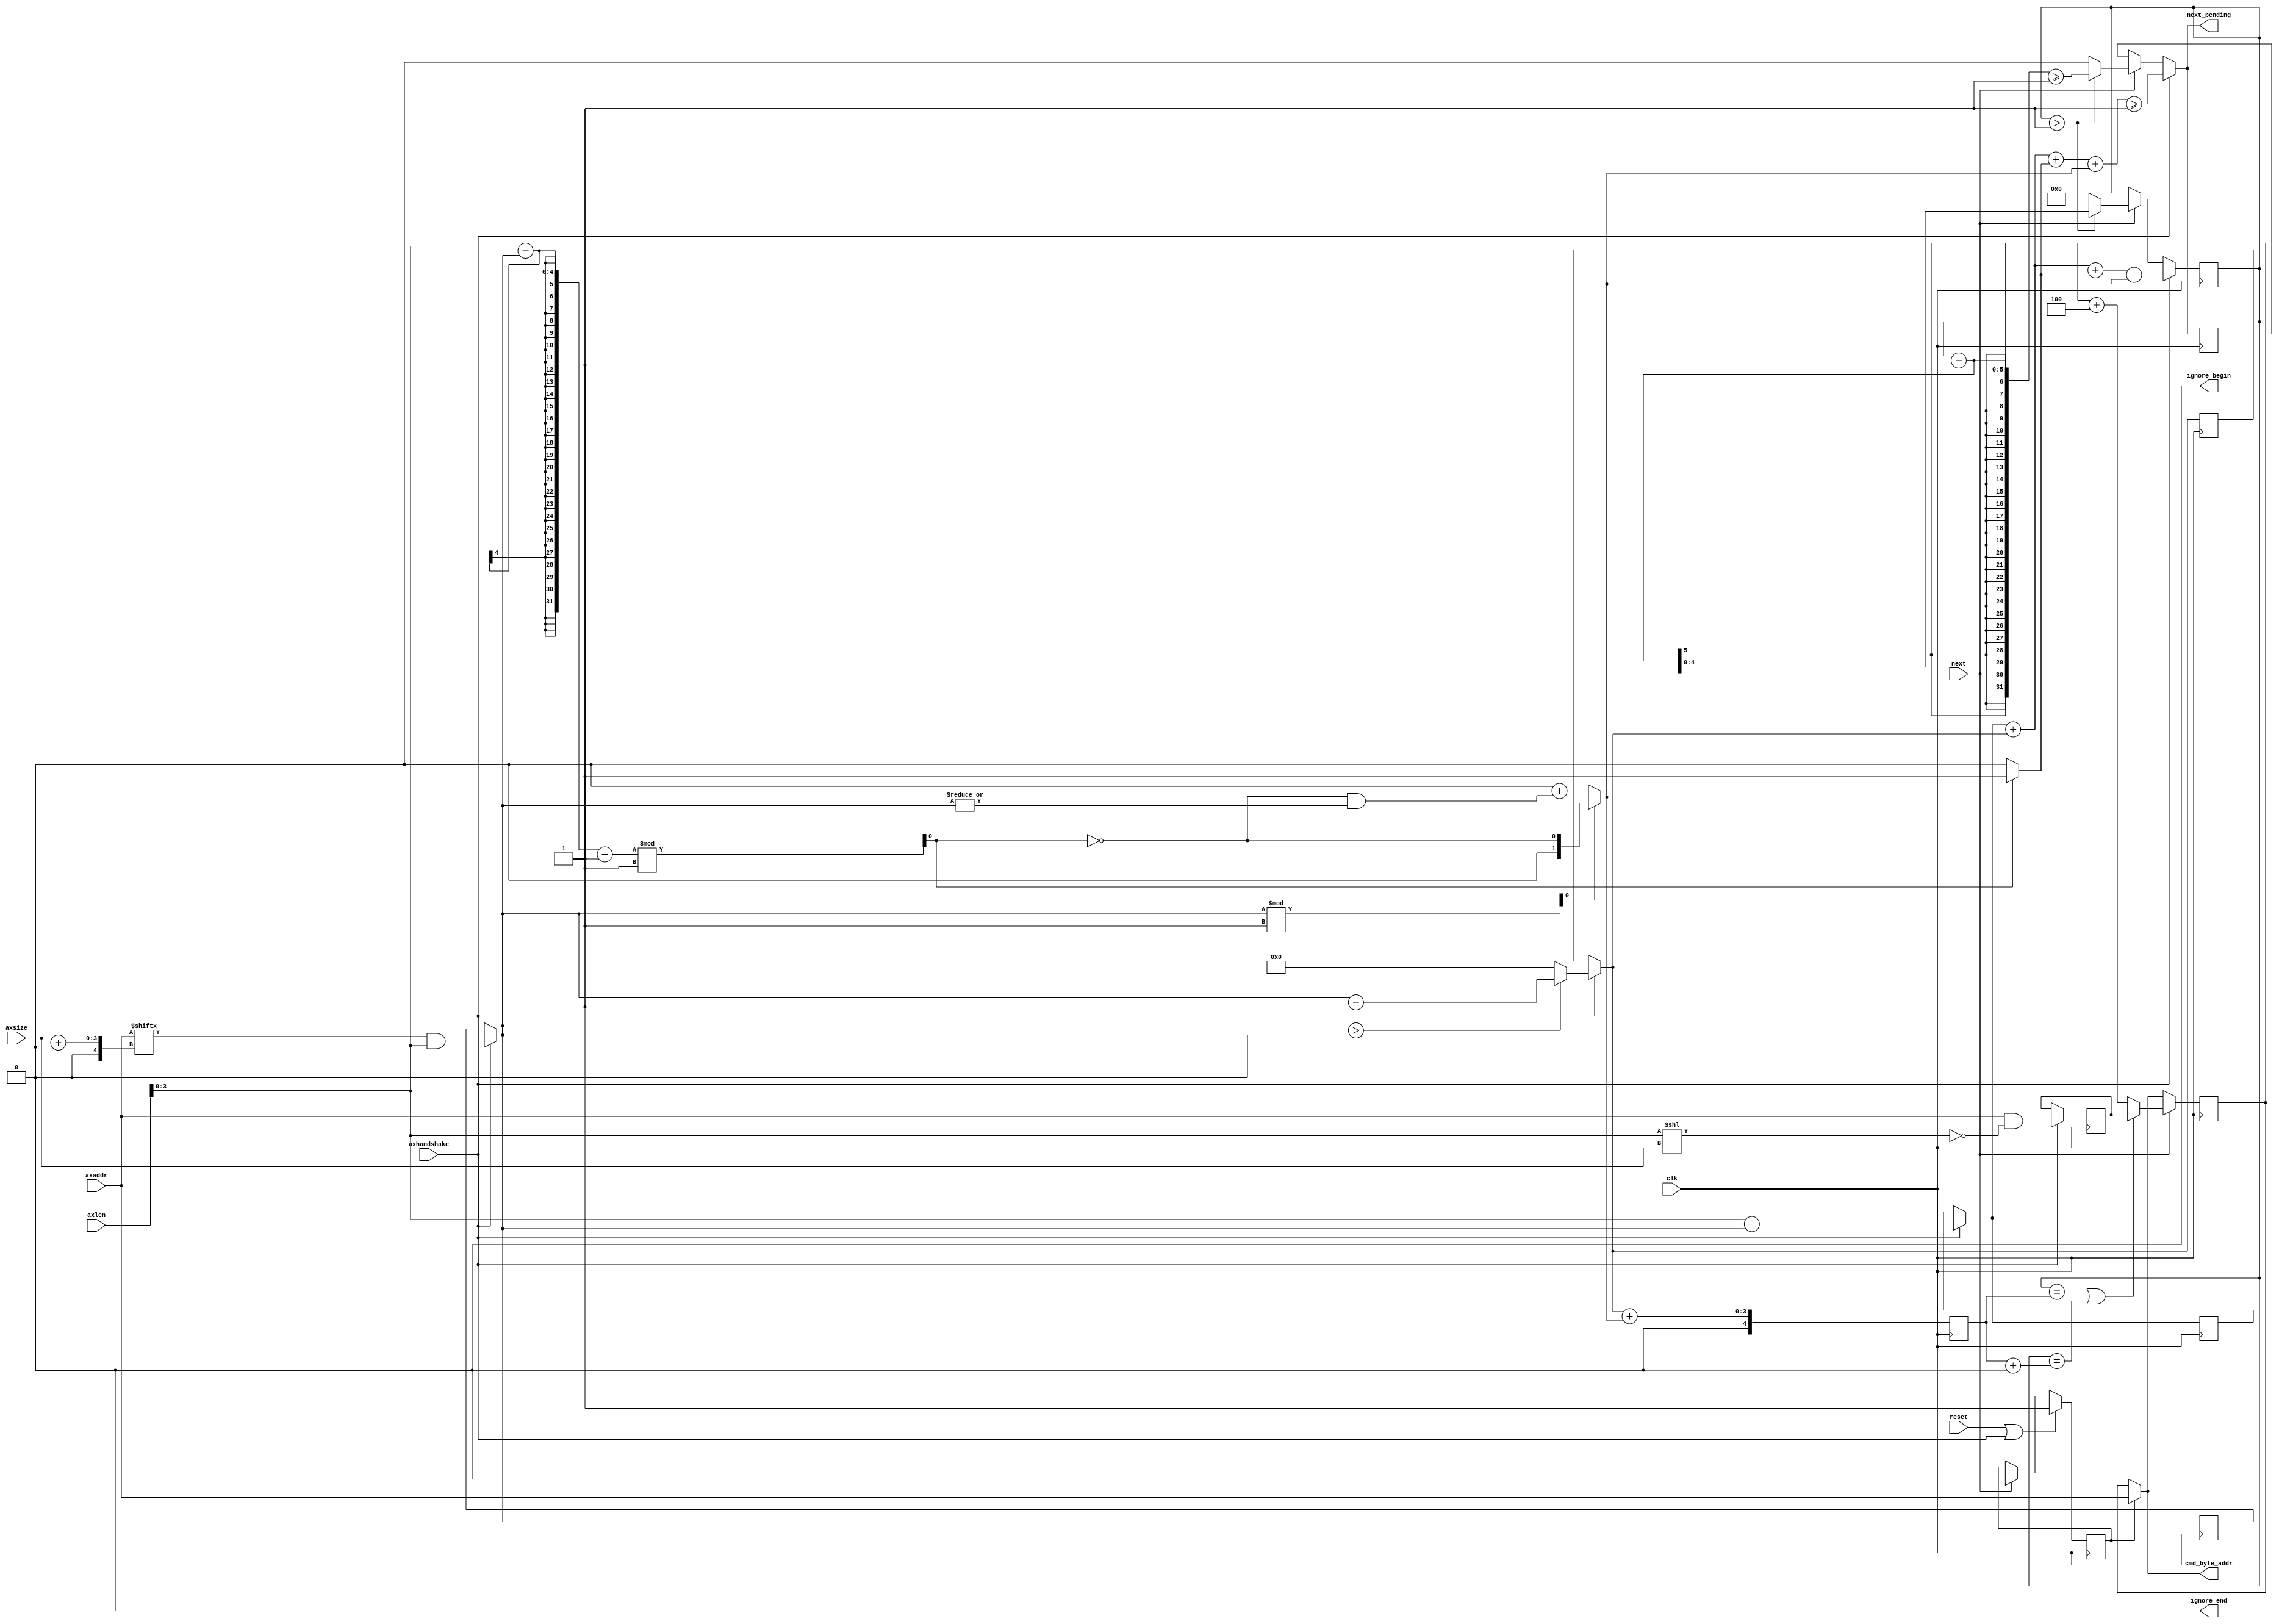
module mig_7series_v1_8_axi_mc_wrap_cmd #
(
///////////////////////////////////////////////////////////////////////////////
// Parameter Definitions
///////////////////////////////////////////////////////////////////////////////
                    // Width of AxADDR
                    // Range: 32.
  parameter integer C_AXI_ADDR_WIDTH            = 32, 
                    // Width of cmd_byte_addr
                    // Range: 30
  parameter integer C_MC_ADDR_WIDTH             = 30,
                    // MC burst length. = 1 for BL4 or BC4, = 2 for BL8
  parameter integer C_MC_BURST_LEN              = 1,
                    // Width of AXI xDATA and MC xx_data
                    // Range: 32, 64, 128.
  parameter integer C_DATA_WIDTH                = 32,
  // Static value of axsize
                    // Range: 2-5
  parameter integer C_AXSIZE                    = 2
)
(
///////////////////////////////////////////////////////////////////////////////
// Port Declarations     
///////////////////////////////////////////////////////////////////////////////
  input  wire                                 clk           , 
  input  wire                                 reset         , 
  input  wire [C_AXI_ADDR_WIDTH-1:0]          axaddr        , 
  input  wire [7:0]                           axlen         , 
  input  wire [2:0]                           axsize        , 
  // axhandshake = axvalid & axready
  input  wire                                 axhandshake   , 
  output wire                                 ignore_begin  ,
  output wire                                 ignore_end    ,
  output wire [C_AXI_ADDR_WIDTH-1:0]          cmd_byte_addr , 

  // Connections to/from fsm module
  // signal to increment to the next mc transaction 
  input  wire                                 next          , 
  // signal to the fsm there is another transaction required
  output reg                                  next_pending 

);
////////////////////////////////////////////////////////////////////////////////
// Local parameters
////////////////////////////////////////////////////////////////////////////////
localparam P_AXLEN_WIDTH = 4;
////////////////////////////////////////////////////////////////////////////////
// Wire and register declarations
////////////////////////////////////////////////////////////////////////////////
reg                         sel_first;
wire [C_AXI_ADDR_WIDTH-1:0] axaddr_i;
wire [3:0]                  axlen_i;
reg  [C_AXI_ADDR_WIDTH-1:0] wrap_boundary_axaddr;
reg  [3:0]                  axaddr_offset;
reg  [3:0]                  wrap_first_len;
reg  [3:0]                  wrap_second_len;
reg  [C_AXI_ADDR_WIDTH-1:0] wrap_boundary_axaddr_r;
reg  [3:0]                  axaddr_offset_r;
reg  [3:0]                  wrap_first_len_r;
reg  [3:0]                  wrap_second_len_r;
reg  [4:0]                  axlen_cnt;
reg  [4:0]                  wrap_cnt_r;
wire [4:0] 		    wrap_cnt;
reg  [C_AXI_ADDR_WIDTH-1:0] axaddr_wrap;
wire                        first_odd;
wire                        second_odd;
wire                        first_offset;
wire                        second_offset;
wire [1:0]                  first_extra;
wire [2:0]                  second_extra; 
reg                         first_odd_r;
reg                         second_odd_r;
reg                         first_offset_r;
reg                         second_offset_r;
reg [1:0]                   first_extra_r;
reg [2:0]                   second_extra_r;   
wire [7:0]                  incr_cnt;
wire                        ignore_begin_cond;
wire                        ignore_end_cond;
wire                        ignore_begin_first;
wire                        ignore_end_first;
wire                        ignore_begin_second;
wire                        ignore_end_second;
reg                         next_pending_r;

////////////////////////////////////////////////////////////////////////////////
// BEGIN RTL
////////////////////////////////////////////////////////////////////////////////
assign cmd_byte_addr = (sel_first) ? axaddr: axaddr_wrap;
assign axaddr_i = axaddr[0 +: C_AXI_ADDR_WIDTH];
assign axlen_i = axlen[3:0];
// Mask bits based on transaction length to get wrap boundary low address
always @(*) begin
  if(axhandshake) 
    wrap_boundary_axaddr = axaddr_i & ~(axlen_i << axsize);
  else
    wrap_boundary_axaddr = wrap_boundary_axaddr_r;
end

// Offset used to calculate the length of each transaction
always @( *) begin
  if(axhandshake)
    axaddr_offset = axaddr_i[axsize +: 4] & axlen_i;
  else
    axaddr_offset = axaddr_offset_r; 
end
   
// The first and the second command from the wrap transaction could
// be of odd length or even length with address offset. This will be 
// an issue with BL8, extra transactions have to be issued.
// Rounding up the length to account for extra transactions. 
always @(*) begin
  if(axhandshake) begin
    wrap_first_len = (C_MC_BURST_LEN == 1) ? (axlen_i - axaddr_offset) :
                        (axlen_i - axaddr_offset ) + axaddr_offset[0]; 
    wrap_second_len = (C_MC_BURST_LEN == 1) ? 
              (axaddr_offset >0) ? axaddr_offset - 1 : 0:
              (axaddr_offset >0)? (axaddr_offset-1) + axaddr_offset[0]: 0;
  end else begin
    wrap_first_len = wrap_first_len_r;
    wrap_second_len = wrap_second_len_r;
  end
end

// registering to be used in the combo logic. 
always @(posedge clk) begin
  wrap_boundary_axaddr_r <= wrap_boundary_axaddr;
  axaddr_offset_r <= axaddr_offset;
  wrap_first_len_r <= wrap_first_len;
  wrap_second_len_r <= wrap_second_len;
  first_odd_r <= first_odd;
  second_odd_r <= second_odd;
  first_offset_r <= first_offset;
  second_offset_r <= second_offset;
  first_extra_r <= first_extra;
  second_extra_r <= second_extra; 
end
   
// Determining if the first and second transations are of odd len
assign first_odd = ((axlen_i - axaddr_offset) +1) % C_MC_BURST_LEN;
assign second_odd = axaddr_offset % C_MC_BURST_LEN;


// Figuring out if the address have an offset for padding data in BL8 case
assign first_offset = (C_MC_BURST_LEN == 1) ? 1'b0 : axaddr_i[C_AXSIZE];
assign second_offset = (C_MC_BURST_LEN == 1) ? 1'b0 : 
                        wrap_boundary_axaddr[C_AXSIZE];

// determining if extra data is required for even offsets
assign first_extra = (first_odd) ? 2'b01 : {1'b0, (first_offset*2)};
assign second_extra = (second_odd) ? {2'b00, ~first_odd}:
      {2'b00, (second_offset*2)}+ {2'b00, (~first_odd &(|axaddr_offset))};   

// wrap_cnt used to switch the address for first and second transaction.
assign wrap_cnt = (C_MC_BURST_LEN == 2) ? (axaddr_offset_r >0) ?
                          {1'd0, wrap_second_len + second_extra + 1 }:
                          {1'd0, wrap_second_len + second_extra} :
                          {1'd0, wrap_second_len + second_extra}; 

always @(posedge clk)
  wrap_cnt_r <= wrap_cnt;

always @(posedge clk) begin
  if(next)begin
    if((axlen_cnt == wrap_cnt_r) ||
      (axlen_cnt == wrap_cnt_r + C_MC_BURST_LEN/2))
      axaddr_wrap <= wrap_boundary_axaddr_r;
    else
      axaddr_wrap <= axaddr_wrap + (incr_cnt * C_MC_BURST_LEN);
  end else if (sel_first) 
      axaddr_wrap <= axaddr;
end 


// figuring out how much to much to incr based on AXSIZE
assign incr_cnt = (C_AXSIZE == 2) ? 8'd4 : (C_AXSIZE == 3) ? 8'd8 :
       (C_AXSIZE == 4)? 8'd16 :(C_AXSIZE == 5) ? 8'd32 : 
       (C_AXSIZE == 6) ? 8'd64 :  (C_AXSIZE == 7) ? 8'd128 :8'd0;

// Even numbber of transactions with offset, inc len by 2 for BL8
always @(posedge clk) begin
  if (axhandshake)begin
    axlen_cnt <= wrap_first_len + wrap_second_len 
                + first_extra + second_extra;
    next_pending_r <= (wrap_first_len + wrap_second_len 
                + first_extra + second_extra) >= C_MC_BURST_LEN;
  end else if (next) begin
    if (axlen_cnt > C_MC_BURST_LEN) begin
      axlen_cnt <= axlen_cnt - C_MC_BURST_LEN;
      next_pending_r <= (axlen_cnt - C_MC_BURST_LEN) >= C_MC_BURST_LEN;
    end else begin
      axlen_cnt <= 5'd0;
      next_pending_r <= 1'b0;
    end
  end  
end  

always @(*) begin
  if (axhandshake)begin
    next_pending = (wrap_first_len + wrap_second_len 
                + first_extra + second_extra) >= C_MC_BURST_LEN;
  end else if (next) begin
    if (axlen_cnt > C_MC_BURST_LEN) begin
      next_pending = (axlen_cnt - C_MC_BURST_LEN) >= C_MC_BURST_LEN;
    end else begin
      next_pending = 1'b0;
    end
  end else begin
    next_pending = next_pending_r;
  end 
end  

// last and ignore signals to data channel. These signals are used for
// BL8 to ignore and insert data for even len transactions with offset
// and odd len transactions
// For odd len transactions with no offset the last read is ignored and
// last write is masked
// For odd len transactions with offset the first read is ignored and
// first write is masked
// For even len transactions with offset the last & first read is ignored and
// last& first  write is masked
// For even len transactions no ingnores or masks. 

assign ignore_begin = (C_MC_BURST_LEN == 1) ? 1'b0 : ignore_begin_cond;
 
assign ignore_begin_cond = ignore_begin_first | ignore_begin_second;  

assign ignore_end = (C_MC_BURST_LEN == 1) ? 1'b0 : ignore_end_cond;
   
assign ignore_end_cond = ignore_end_first | ignore_end_second;

// ignore logic for first transaction        
assign ignore_begin_first = ((axlen_cnt == (wrap_first_len_r + 
             wrap_second_len_r + first_extra_r + second_extra_r)) &
             (first_offset_r));

assign ignore_end_first = ((axlen_cnt == (wrap_second_len_r + second_extra_r
                     + 1 +first_extra_r)) &
          ((first_odd_r & ~first_offset_r) | (~first_odd_r & first_offset_r)));

// ignore logic for second transaction.    
assign ignore_begin_second = ((axlen_cnt == (wrap_second_len_r + second_extra_r))&
                              (second_offset_r));
   
assign ignore_end_second  = ((axlen_cnt < C_MC_BURST_LEN) &
      ((second_odd_r & ~second_offset_r ) | (~second_odd_r & second_offset_r)));




 
// Indicates if we are on the first transaction of a mc translation with more
// than 1 transaction.
always @(posedge clk) begin
  if (reset | axhandshake) begin
    sel_first <= 1'b1;
  end else if (next) begin
    sel_first <= 1'b0;
  end
end

endmodule